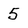
Character: 5